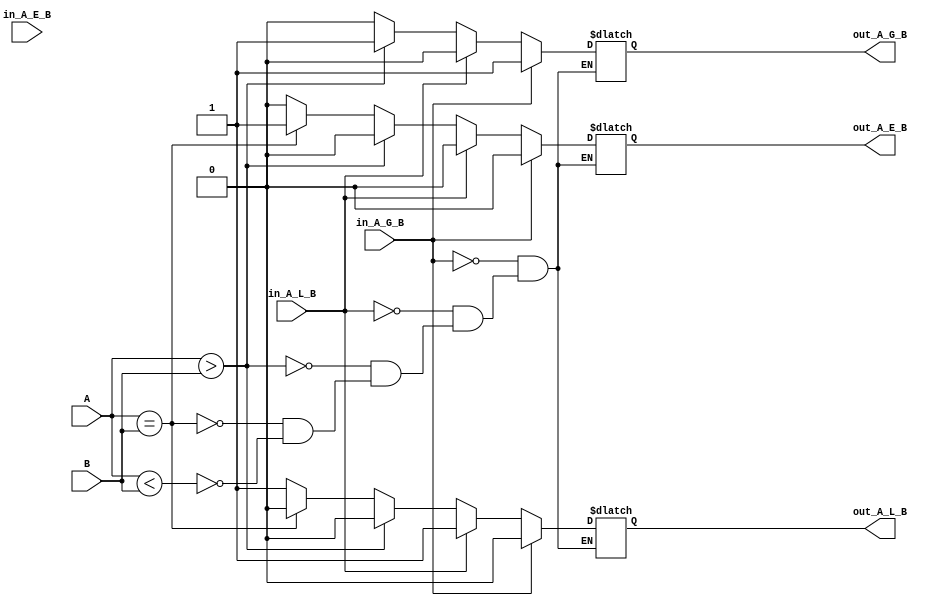
`timescale 1ns / 1ps
//////////////////////////////////////////////////////////////////////////////////
// Company: 
// Engineer: 
// 
// Design Name: 
// Module Name: comp_16
// Project Name: 
// Target Devices: 
// Tool Versions: 
// Description: 
// 
// Dependencies: 
// 
// Revision:
// Revision 0.01 - File Created
// Additional Comments:
// 
//////////////////////////////////////////////////////////////////////////////////
`timescale 1ns / 1ps
//////////////////////////////////////////////////////////////////////////////////
// Company: 
// Engineer: 
// 
// Design Name: 
// Module Name: comp_4
// Project Name: 
// Target Devices: 
// Tool Versions: 
// Description: 
// 
// Dependencies: 
// 
// Revision:
// Revision 0.01 - File Created
// Additional Comments:
// 
//////////////////////////////////////////////////////////////////////////////////


module comp_4(
    input in_A_G_B,
    input in_A_E_B,
    input in_A_L_B,
    input [3:0] A,
    input [3:0] B,
    output reg out_A_G_B,
    output reg out_A_E_B,
    output reg out_A_L_B
    );
    always@ (A or B or in_A_G_B or in_A_E_B or in_A_L_B)
    begin
        if(in_A_G_B == 1)
        begin
            out_A_G_B <= 1;
            out_A_E_B <= 0;
            out_A_L_B <= 0;
        end 
        else if(in_A_L_B == 1) 
        begin
            out_A_G_B <= 0;
            out_A_E_B <= 0;
            out_A_L_B <= 1;
        end
        else
        begin
            if(A > B)
            begin
                out_A_G_B <= 1;
                out_A_E_B <= 0;
                out_A_L_B <= 0;    
            end
            else if(A == B)
            begin
                out_A_G_B <= 0;
                out_A_E_B <= 1;
                out_A_L_B <= 0;    
            end
            else if(A < B)
            begin
                out_A_G_B <= 0;
                out_A_E_B <= 0;
                out_A_L_B <= 1;    
            end
        end
    end      
      
endmodule          
     
module comp_16(
    input [15:0] A,
    input [15:0] B,
    output A_G_B,
    output A_E_B,
    output A_L_B
    );
    wire [2:0] G, E, L;
    wire [3:0] AC3,BC3,AC2,BC2,AC1,BC1,AC0,BC0;
    wire in_A_G_B = 0;
    wire in_A_E_B = 1;
    wire in_A_L_B = 0;
    genvar k;
    for(k=15; k>=12; k=k-1)
    begin
        assign  AC3[k-12] = A[k];
        assign  BC3[k-12] = B[k];
    end
    for(k=11; k>=8; k=k-1)
    begin
        assign  AC2[k-8] = A[k];
        assign  BC2[k-8] = B[k];
    end
    for(k=7; k>=4; k=k-1)
    begin
        assign  AC1[k-4] = A[k];
        assign  BC1[k-4] = B[k];
    end    
      for(k=3; k>=0; k=k-1)
    begin
        assign  AC0[k] = A[k];
        assign  BC0[k] = B[k];
    end
    comp_4 C3(in_A_G_B, in_A_E_B, in_A_L_B, AC3, BC3, G[0], E[0], L[0]);
    comp_4 C2(G[0], E[0], L[0], AC2, BC2, G[1], E[1], L[1]);
    comp_4 C1(G[1], E[1], L[1], AC1, BC1, G[2], E[2], L[2]);
    comp_4 C0(G[2], E[2], L[2], AC0, BC0, A_G_B, A_E_B, A_L_B);

endmodule